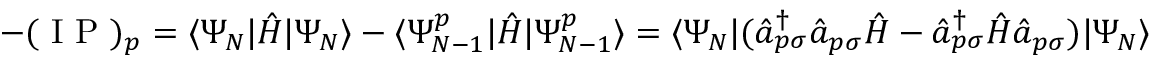
- ( \mathrm { ~ I ~ P ~ } ) _ { p } = \langle \Psi _ { N } | \hat { H } | \Psi _ { N } \rangle - \langle \Psi _ { N - 1 } ^ { p } | \hat { H } | \Psi _ { N - 1 } ^ { p } \rangle = \langle \Psi _ { N } | ( \hat { a } _ { p \sigma } ^ { \dagger } \hat { a } _ { p \sigma } \hat { H } - \hat { a } _ { p \sigma } ^ { \dagger } \hat { H } \hat { a } _ { p \sigma } ) | \Psi _ { N } \rangle